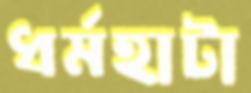
ধর্মহাটা